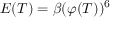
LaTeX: E ( T ) = \beta ( \varphi ( T ) ) ^ { 6 }